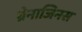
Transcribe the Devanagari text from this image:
ग्रेनाजिनस